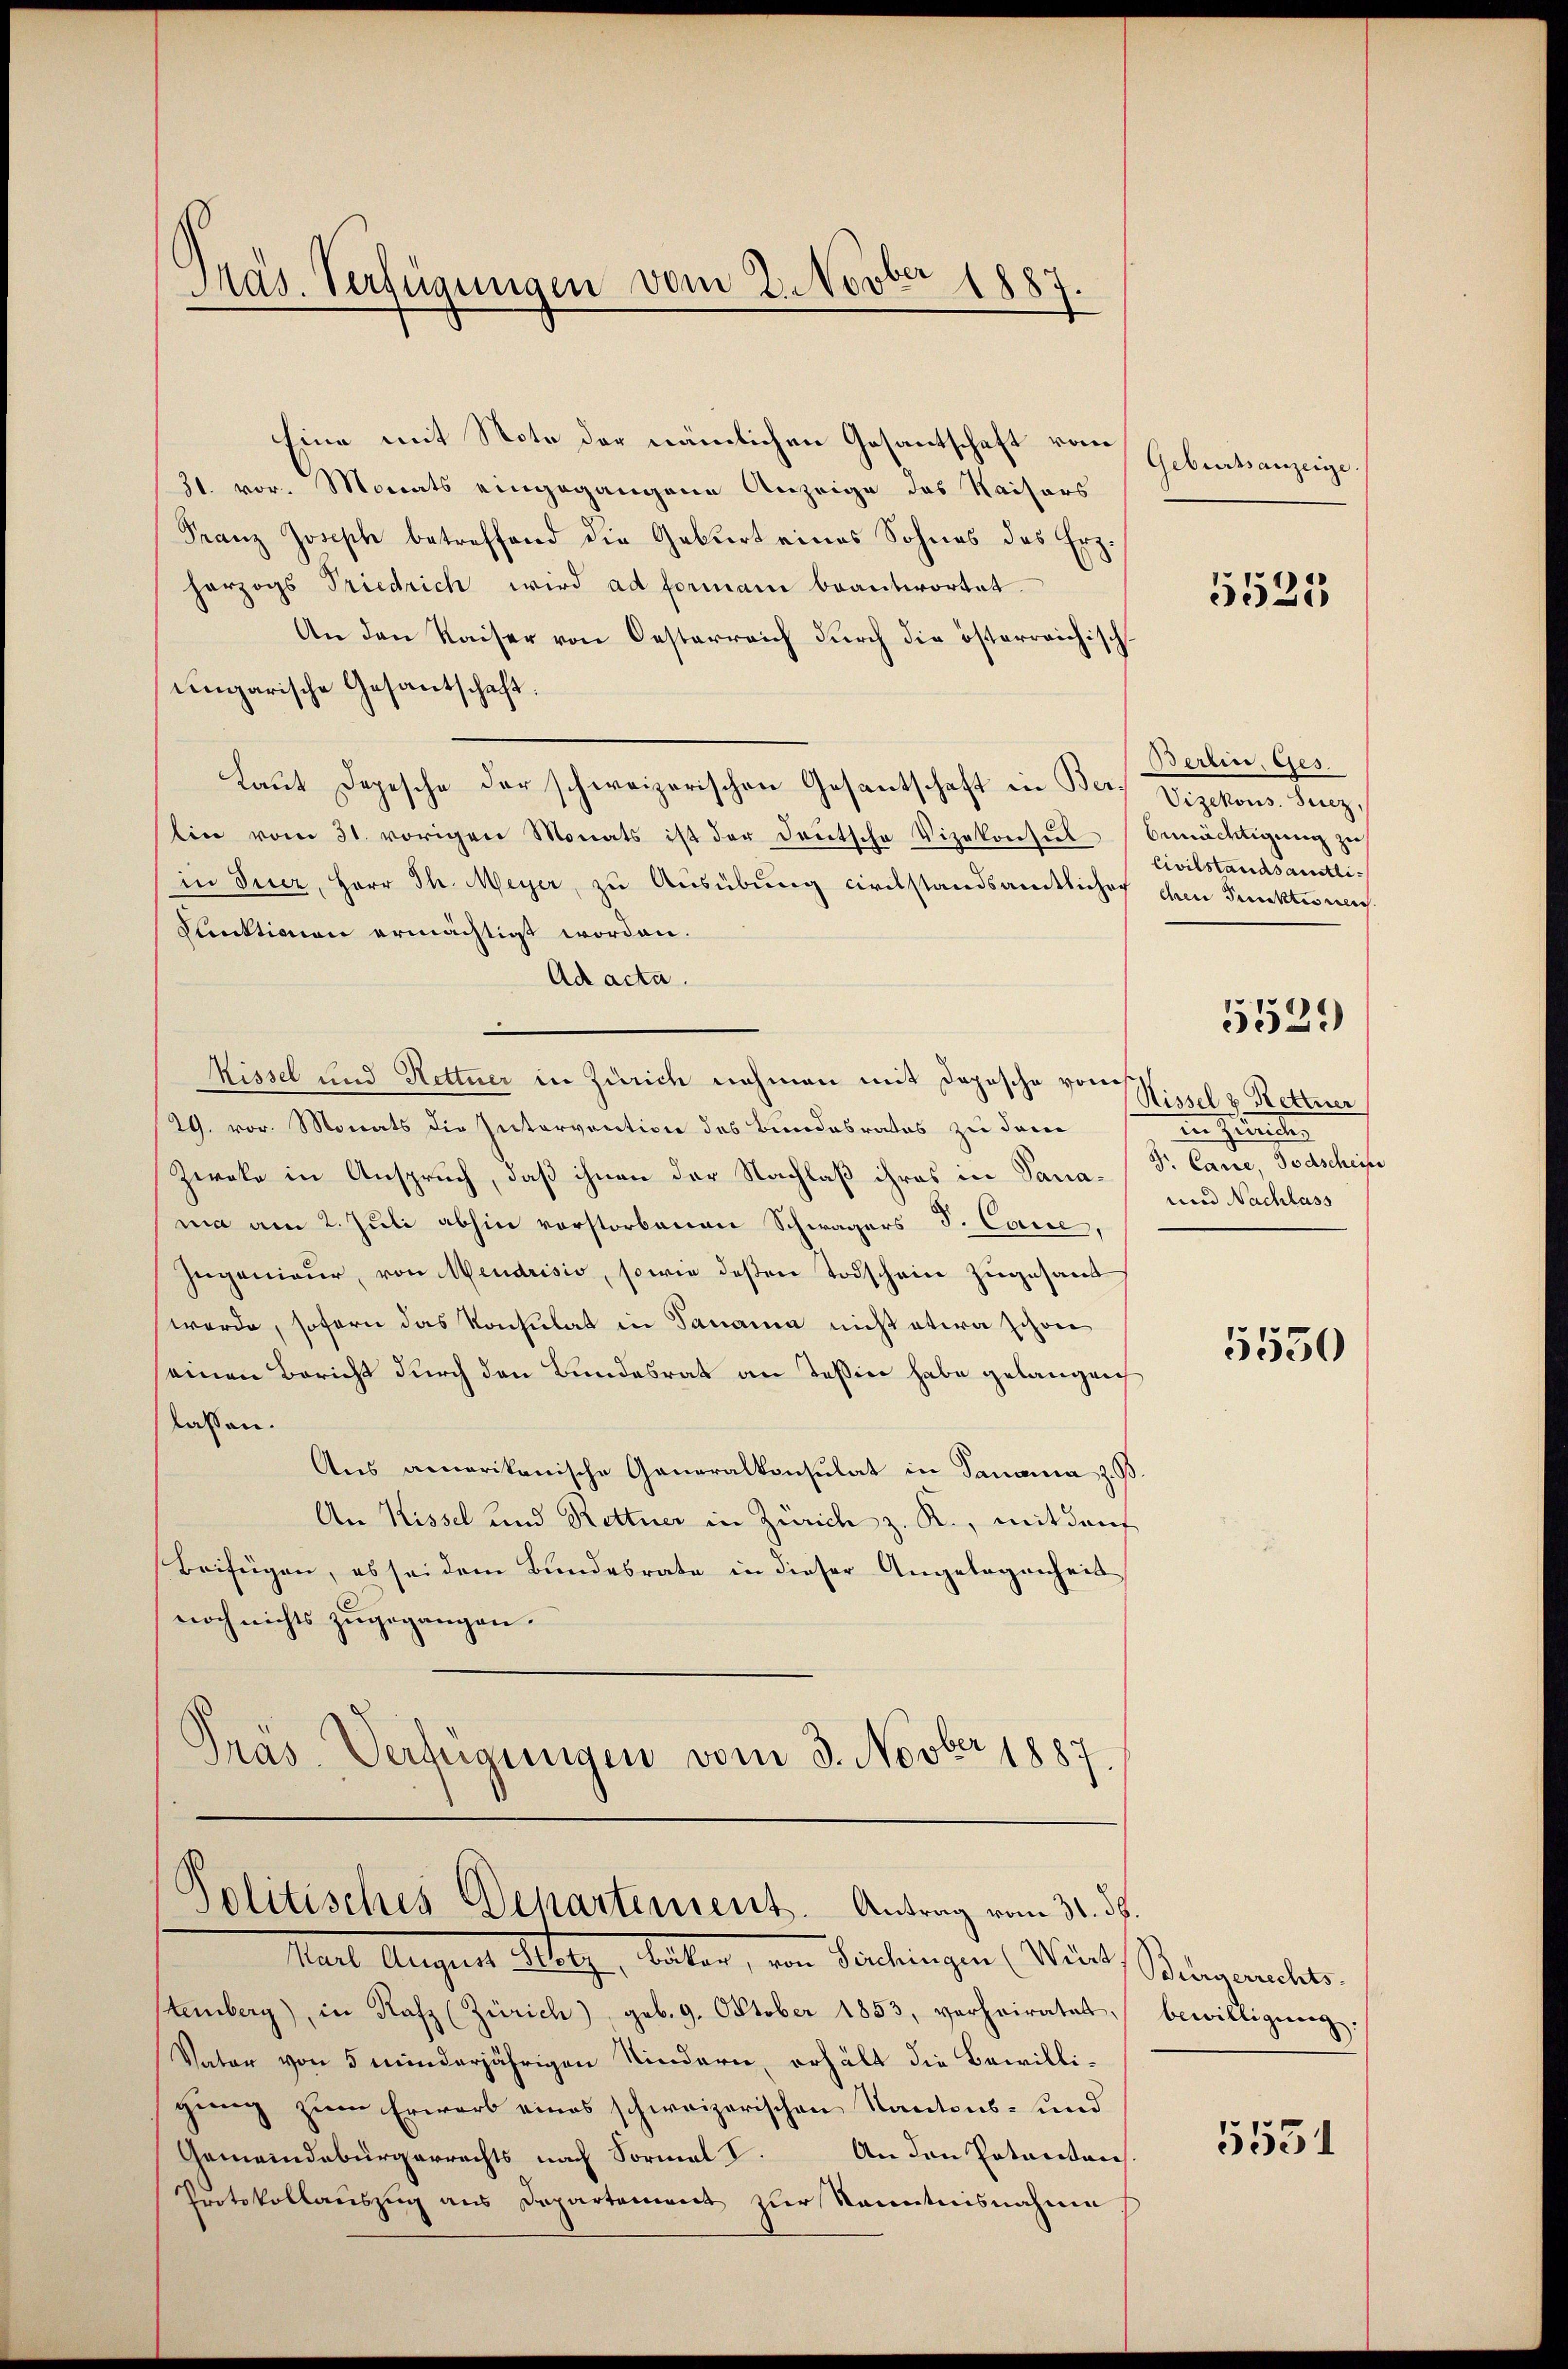
.
e
Präs. Verfügungen vom 2.ovte 1887.

Eine mit Note der nämlichen Gesantschaft vom
31. vor. Monats eingegangene Anzeige des Kaisers
Franz Joseph betreffend die Geburt eines Sohnes des Erz.
horzogs Priedrich wird ad formani beantwortet.
An den Kaiser von Oesterreich durch die österreichisch
ungarische Gesantschaft:
Laut Depesche der schweizerischen Gesantschaft in Bern Vizekons. Linz,
lin vom 31. vorigen Monats ist der Deutsche Vizekonsul
in Inner, Herr Th. Meyer, zu Ausübung civilstandsamtlicher den Punktionen.
Cunktionen ermächtigt worden.
Ad acta.
Rissel und Hettner in Zürich nehmen mit Deposche von
29. vor. Monats die Intervention des Bundesrates zu dem
Zweke in Anspruch, daß ihnen der Nachlaß ihres in Sana-Dr. Cane, Todschein
mia am 2. Juli abhin vorstorbenen Schwagers S. Cance,
Zugenieur, von Mendrisio, sowie deßen Todschein zugesand
werde, sofern das Konsulat in Panama nicht etwa schon
seinen Bericht durch den Bundesrat an Teßin habe gelangen
lassen.
Aus amerikanische Generalkonsulat in Panama z.
An Kissel und Rettner in Zürich z. R., mit den
Beifügen, es sei dem Bundesrate in dieser Angelegenheit
noch nichts zugegangen.
Präs. Verfügungen vom 3. Novber 1887.

Politisches Departement. Antrag vom 31. ds.

Karl August Weige, hatten, von Vorkingen (Witel, Ringmandels
temberg), in Rafz (Zürich) geb. 9. Oktober 1853, verheiratet, bewilligung:
Vater von 5 minderjährigen Kindern, erhält die Bewilligung zum Erwarb eines schweizerischen Kantons- und
Gemeindebürgerrechts nach Formal V. An den Potanton
Protokollauszug aus Departement zur Kenntnisnahme.

Geburtsanzeige.

5525

Berlin, Ges.
bemächtigung zu
Civilstandsamtli¬
5529)
Nissel & Rettner
in Zimmten
und Nachlass

5550

5551